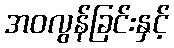
အဝလွန်ခြင်းနှင့်